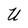
Character: U